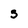
Character: 3